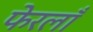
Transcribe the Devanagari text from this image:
फेरलाँ